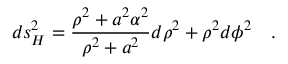
d s _ { H } ^ { 2 } = { \frac { \rho ^ { 2 } + a ^ { 2 } \alpha ^ { 2 } } { \rho ^ { 2 } + a ^ { 2 } } } d \rho ^ { 2 } + \rho ^ { 2 } d \phi ^ { 2 } ~ ~ ~ .